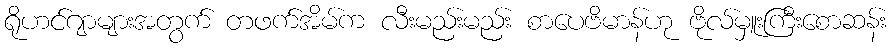
ရိုဟင်ဂျာများအတွက် တဖက်အိမ်က လီးမည်းမည်း စာပေဗိမာန်ဟု ဗိုလ်မှူးကြီးစောဆန်း